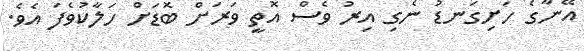
އޭނާގެ ހަށިގަނޑު ނެގި އިރު ވެސް އޮތީ ވަރަށް ބޮޑަށް ހަލާކުވެފަ އެވެ.